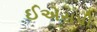
ઈએસપી